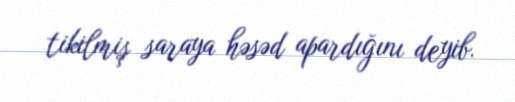
tikilmiş saraya həsəd apardığını deyib.